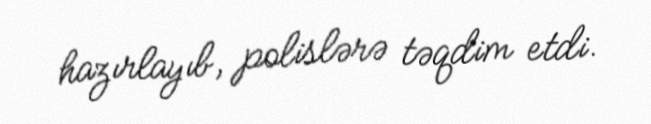
hazırlayıb, polislərə təqdim etdi.